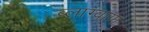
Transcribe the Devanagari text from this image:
ब्लाग्वाण